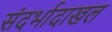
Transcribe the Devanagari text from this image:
संदर्भादाखल